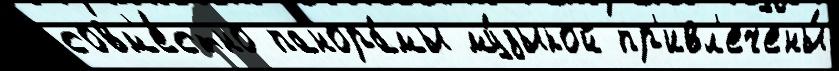
совм'е́стно панора́мы му́зыкой пр'ивл'ечены́